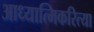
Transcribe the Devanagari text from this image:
आध्यात्मिकरित्या